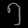
Digit: ၅